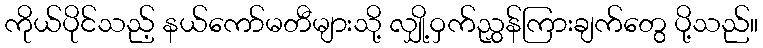
ကိုယ်ပိုင်သည့် နယ်ကော်မတီများသို့ လျှို့ဝှက်ညွှန်ကြားချက်တွေ ပို့သည်။